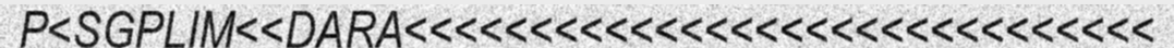
P<SGPLIM<<DARA<<<<<<<<<<<<<<<<<<<<<<<<<<<<<<